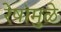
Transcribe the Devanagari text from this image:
रेषांमुळे